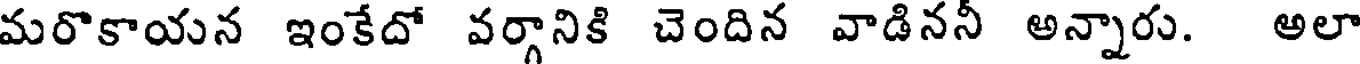
మరొకాయన ఇంకేదో వర్గానికి చెందిన వాడిననీ అన్నారు. అలా